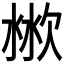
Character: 𣶙